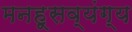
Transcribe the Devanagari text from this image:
मनहूसव्यंग्य